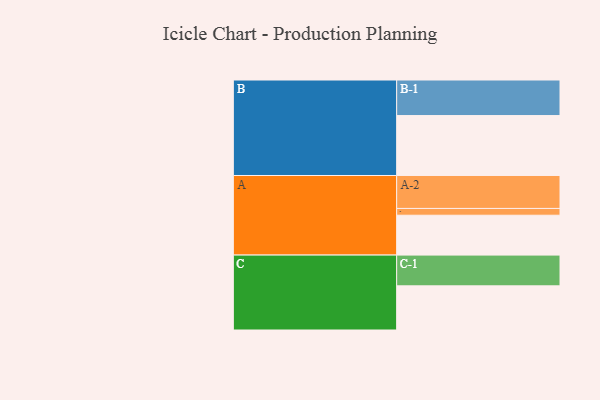
{"axis": {"x": "Segment", "y": "Value"}, "legend": ["", "A", "B", "C"], "data": [{"x": "A", "y": 306, "type": ""}, {"x": "B", "y": 460, "type": ""}, {"x": "C", "y": 339, "type": ""}, {"x": "A-1", "y": 52, "type": "A"}, {"x": "A-2", "y": 253, "type": "A"}, {"x": "B-1", "y": 273, "type": "B"}, {"x": "C-1", "y": 236, "type": "C"}]}